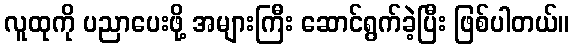
လူထုကို ပညာပေးဖို့ အများကြီး ဆောင်ရွက်ခဲ့ပြီး ဖြစ်ပါတယ်။